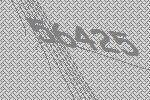
56425